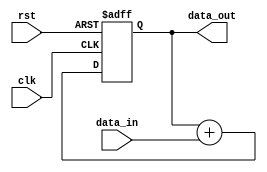
module PipelineAccumulator (
  input wire clk,
  input wire rst,
  input wire [7:0] data_in,
  output wire [15:0] data_out
);

reg [15:0] accumulator;

always @(posedge clk or posedge rst) begin
  if (rst) begin
    accumulator <= 16'b0;
  end else begin
    accumulator <= accumulator + data_in;
  end
end

assign data_out = accumulator;

endmodule